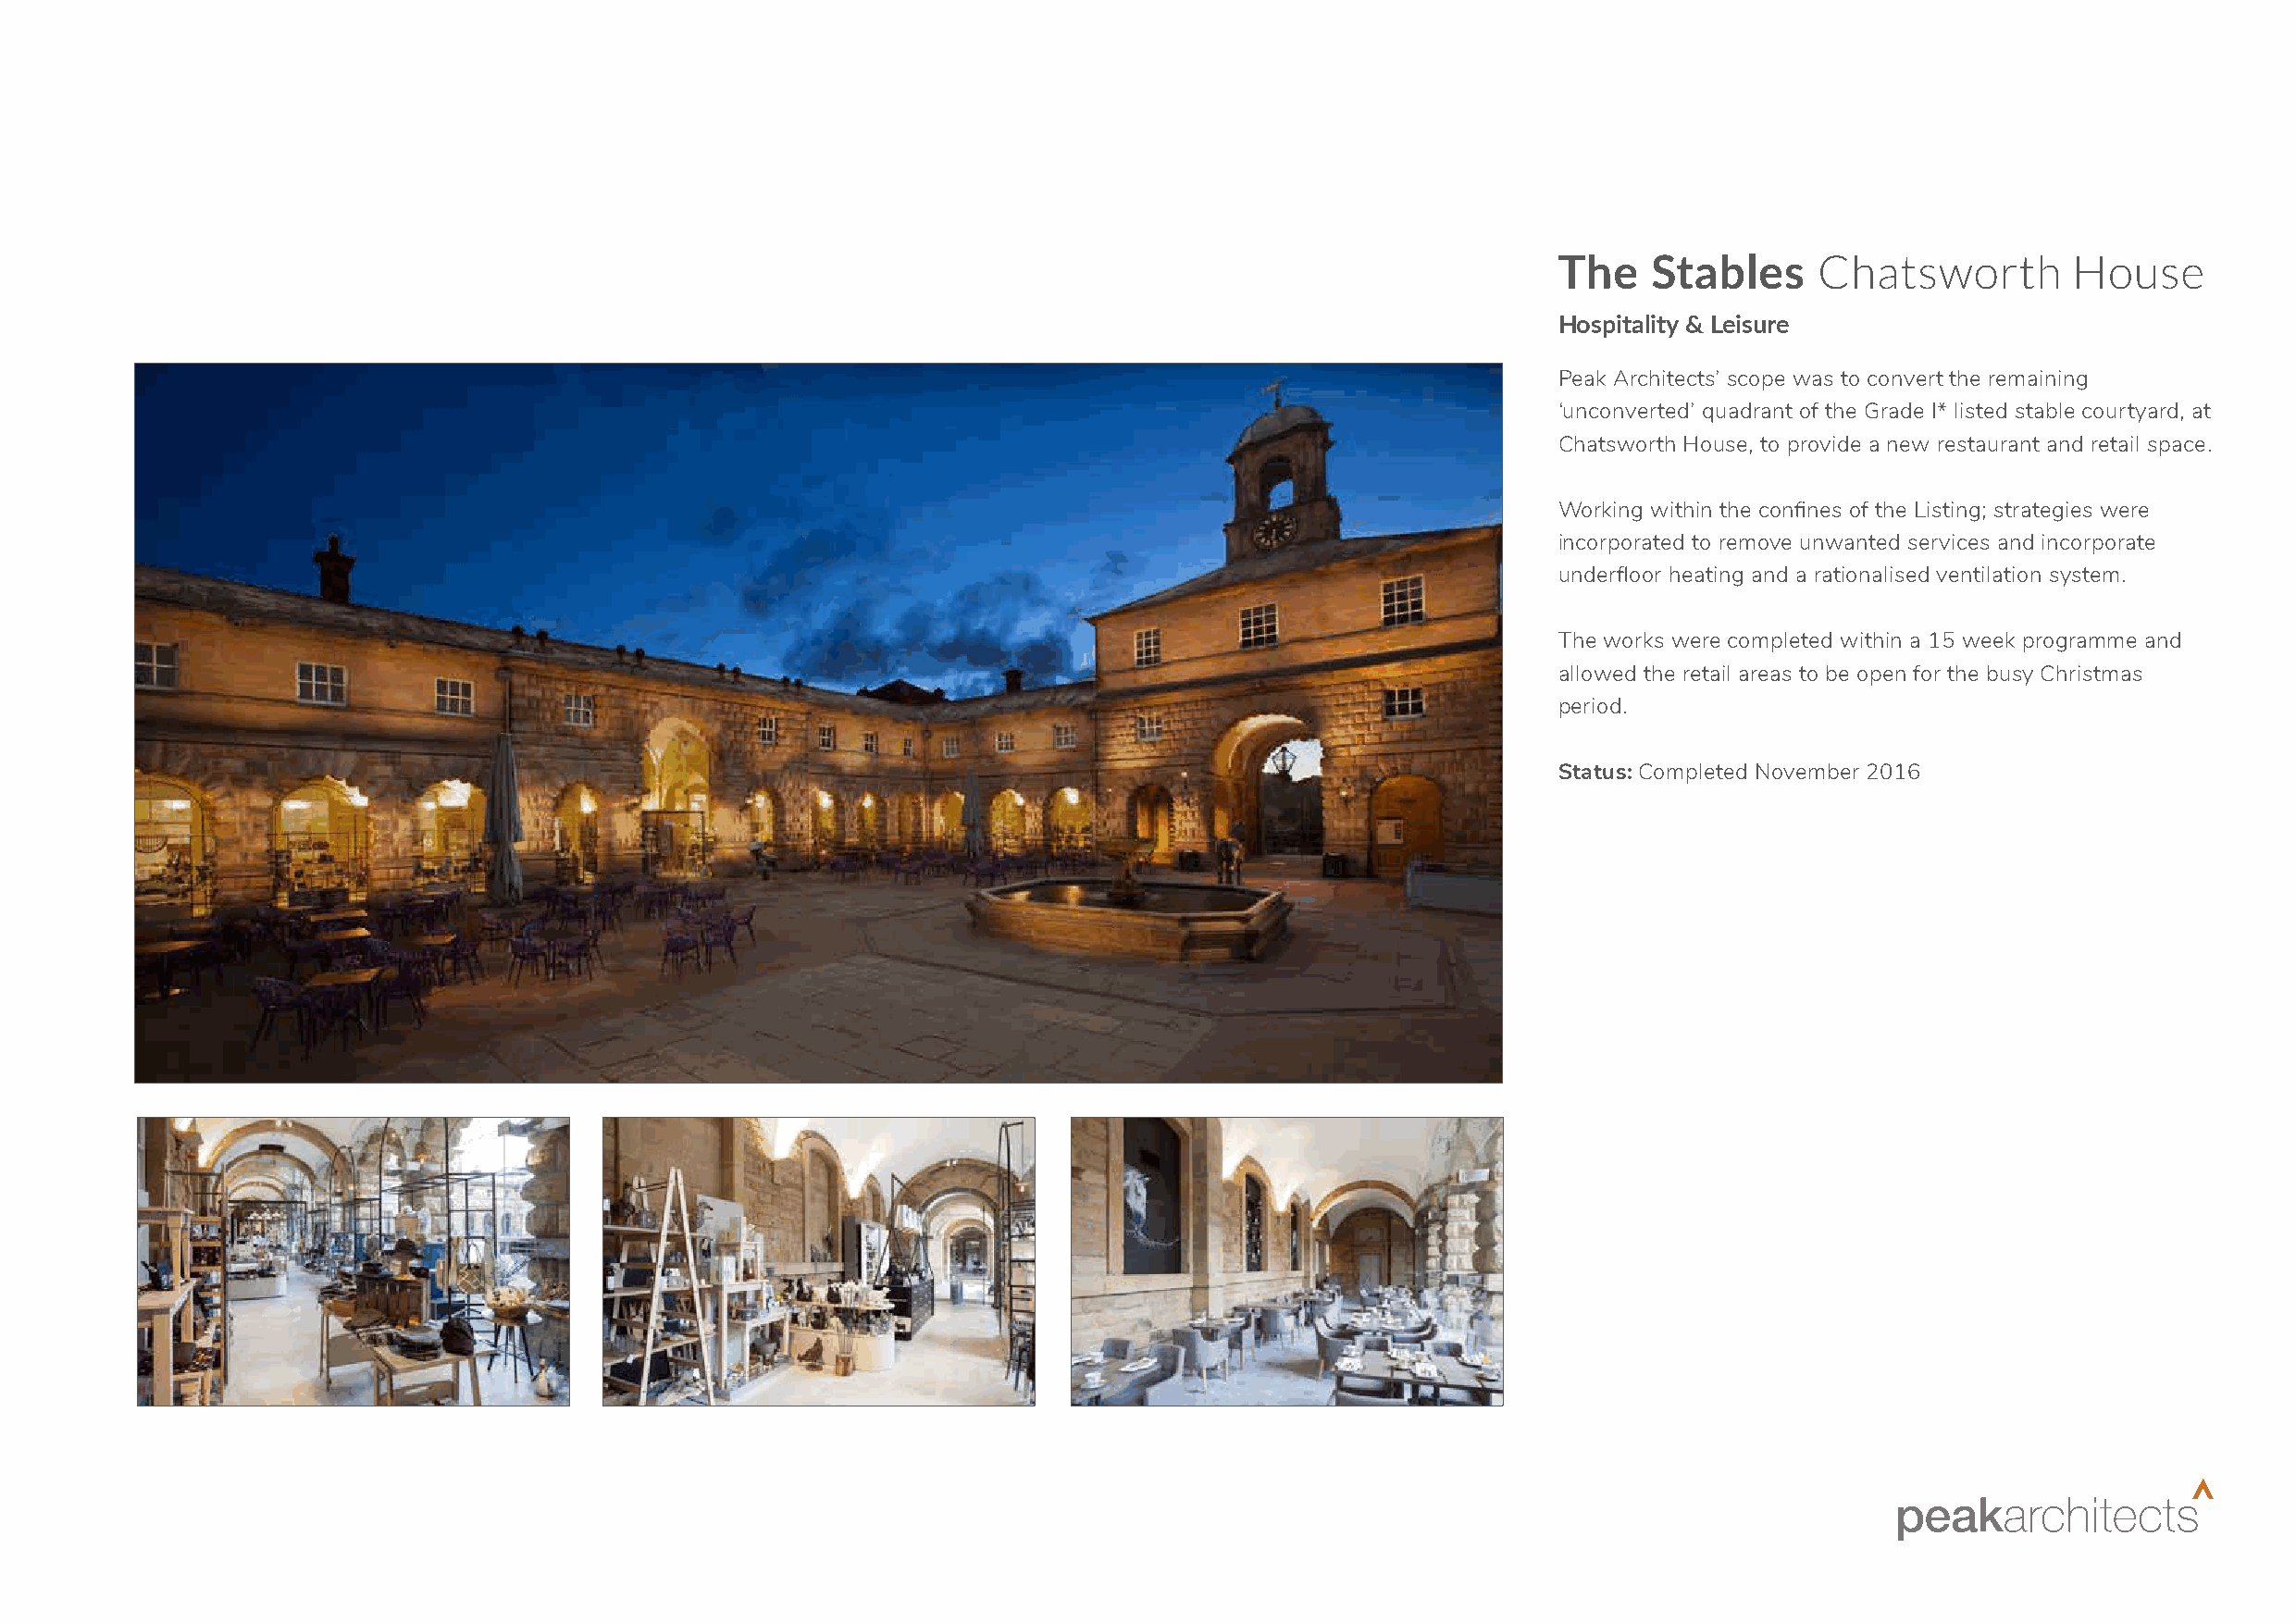
The    Stables     Chatsworth        House
 Hospitality & Leisure
 Peak Architects’ scope was to convert the remaining
 ‘unconverted’ quadrant of the Grade I* listed stable courtyard, at
 Chatsworth House, to provide a new restaurant and retail space.
 Working within the confines of the Listing; strategies were
 incorporated to remove unwanted services and incorporate
 underfloor heating and a rationalised ventilation system.
 The works were completed within a 15 week programme and
 allowed the retail areas to be open for the busy Christmas
 period.
 Status: Completed November 2016